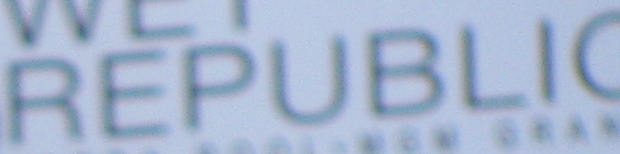
REPUBLIC